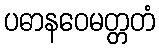
ပဓာနဝေမတ္တတံ